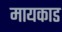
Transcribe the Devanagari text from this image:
मायकाड